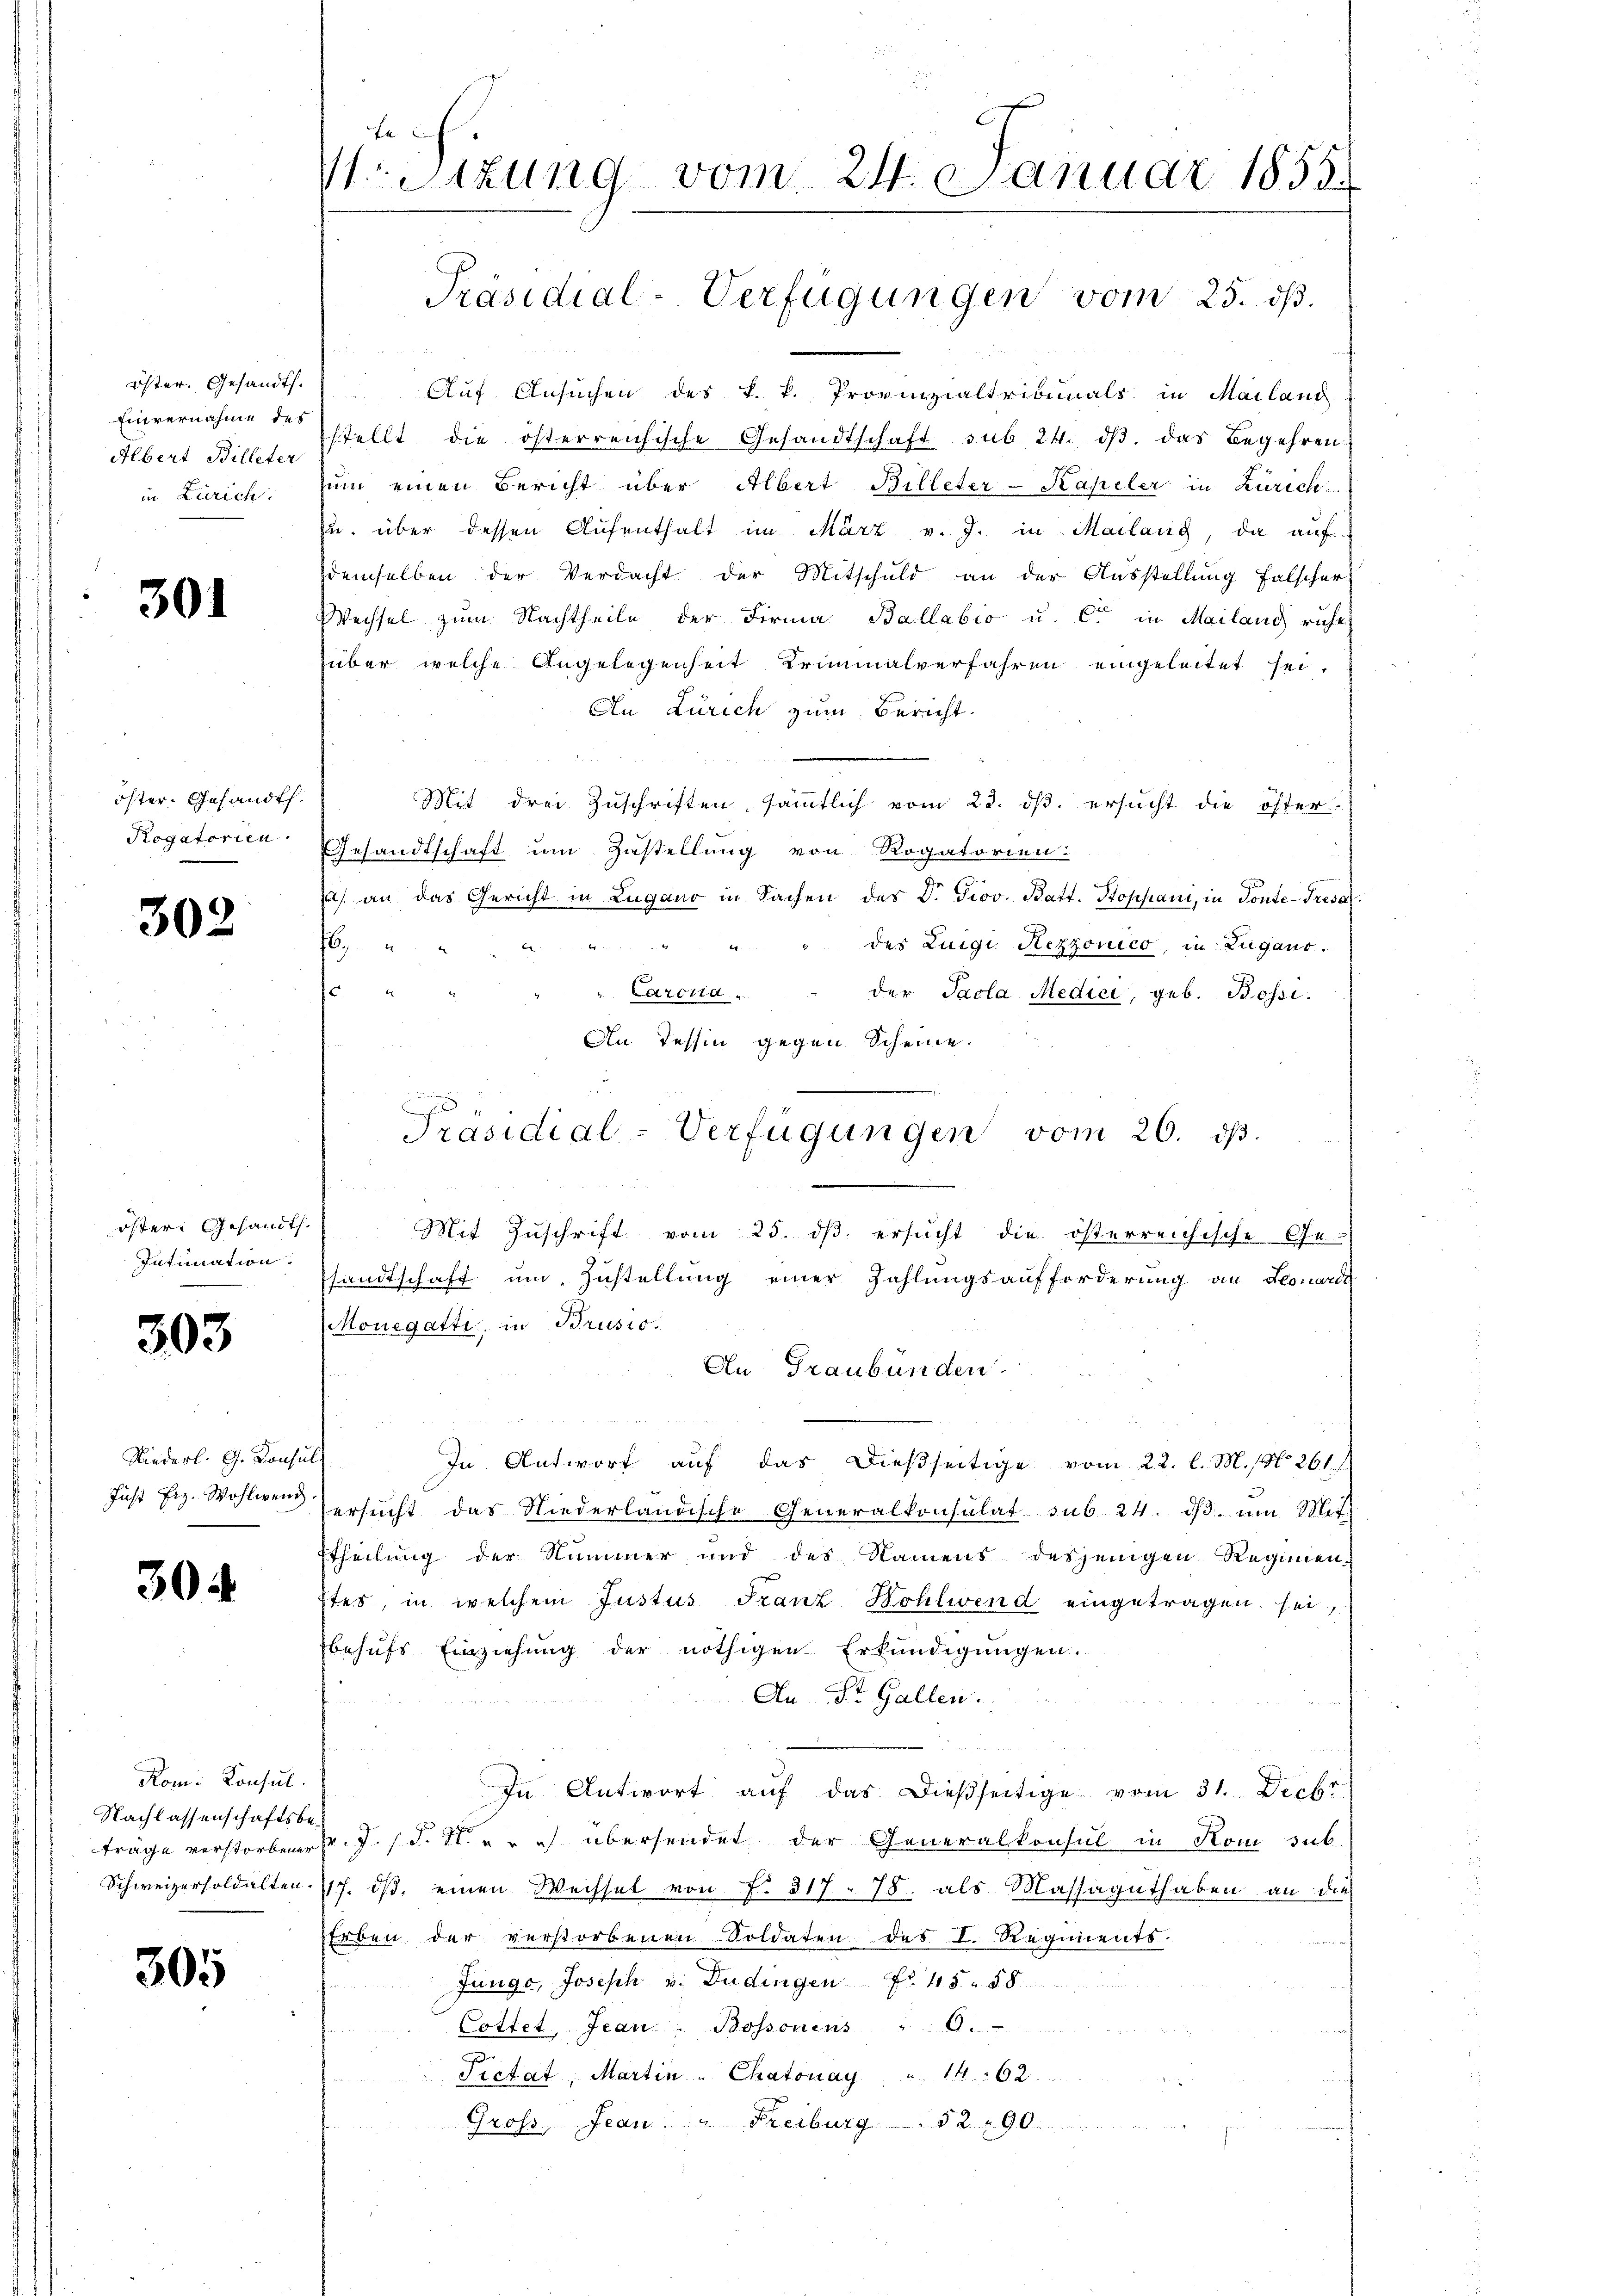
öster. Gesandts.
Albert Billeter

301

öster. Gesandt.
Rogatorien.

302

öster Gesandt.
Intimation.

303

Niederl. G. Konsult

30

Rom. Konsul
Nachlassenschaftsbeträge verstorbener

305

te
V.Sizung vom 24. Januar 1855.

e
Auf Ansuchen des k. k. Provinzialtribunals in Mailand
Einvernahme der stellt die österreichische Gesandtschaft sub 24. dβ das Begehren
in Zürich, in einen Bericht über Albert Billeter-Kapeler in Zürich
zu über dessen Aufenthalt im März v. J. in Mailang, da auf
demselben der Verdacht der Mitschuld an der Ausstellung falscher
Wechsel zum Nachtheile der Firma Ballabio u. Cie in Mailand ruhe
über welche Angelegenheit Kriminalverfahren eingeleitet sei.
An Zürich zum Bericht.
Mit drei Zuschriften sämmtlich vom 23. ds. ersucht die öster-
Gesandtschaft um Zustellung von Rogatorien:
a) an das Gericht in Lugano in Sachen des Dr. Giov. Batt. Stoppani, in Ponte-Tresa
des Luigi Rezzonico, in Zugano.
   den
c. " "
"Carolia
der Paola. Medici, geb. Bossi.
An Tessin gegen Scheine.
r
.
.
än
Mit Zŭschrift vom 25. dβ ersŭcht die österreichische Ge-
sandtschaft um Zustellung einer Zahlungsaufforderung an Leonard
Monegatti, in Brusio.
An Graubünden.
In Antwort auf das dießseitige vom 22. l. M. 18. 261.
Fust Frz. Wohlen Versucht das Niederländische Generalkonsulat sub 24. dβ. um Mit-
Etheilung der Nummer und des Namens desjenigen Regimen-
stes, in welchem Justus Franz Bohlwend eingetragen sei,
behufs Einziehung der nöthigen Erkundigungen.
An St. Gallen.
In Antwort aŭf das dießseitige vom 31. Decbr.
v. J. s. S. 1 u. ich übersendet der Generalkonsul in Kom sub
Schweizersoldalten 17. ds. einen Wechsel von f. 317. 78, als Massaguthaben an die
Erben der verstorbenen Soldaten des I. Regiments-
Junge, Joseph v. Dudingen. Fr. 15. u. §. 8.
Cottet, Jean Bossonens " 6.
Pietat, Martin - Chatonay " 1462.
Gross, Jean: " Freiburg § 290.

Präsidial-Verfügungen vom 25. dβ.

Präsidial-Verfügungen vom 26. ds.